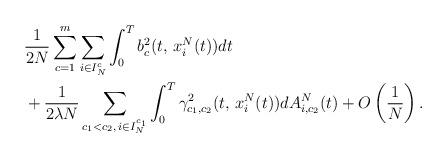
LaTeX: \begin{align*} & \frac{1}{2N}\sum_{c=1}^{m}\sum_{i\in I_{N}^{c}}\int_{0}^{T}b_{c}^{2}(t,\,x_{i}^{N}(t))dt\\ & +\frac{1}{2\lambda N}\sum_{\substack{c_{1}<c_{2},\,i\in I_{N}^{c_{1}}}}\int_{0}^{T}\gamma_{c_{1},c_{2}}^{2}(t,\,x_{i}^{N}(t))dA_{i,c_{2}}^{N}(t)+O\left(\frac{1}{N}\right). \end{align*}